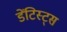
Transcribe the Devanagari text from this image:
डेंटिस्ट्स